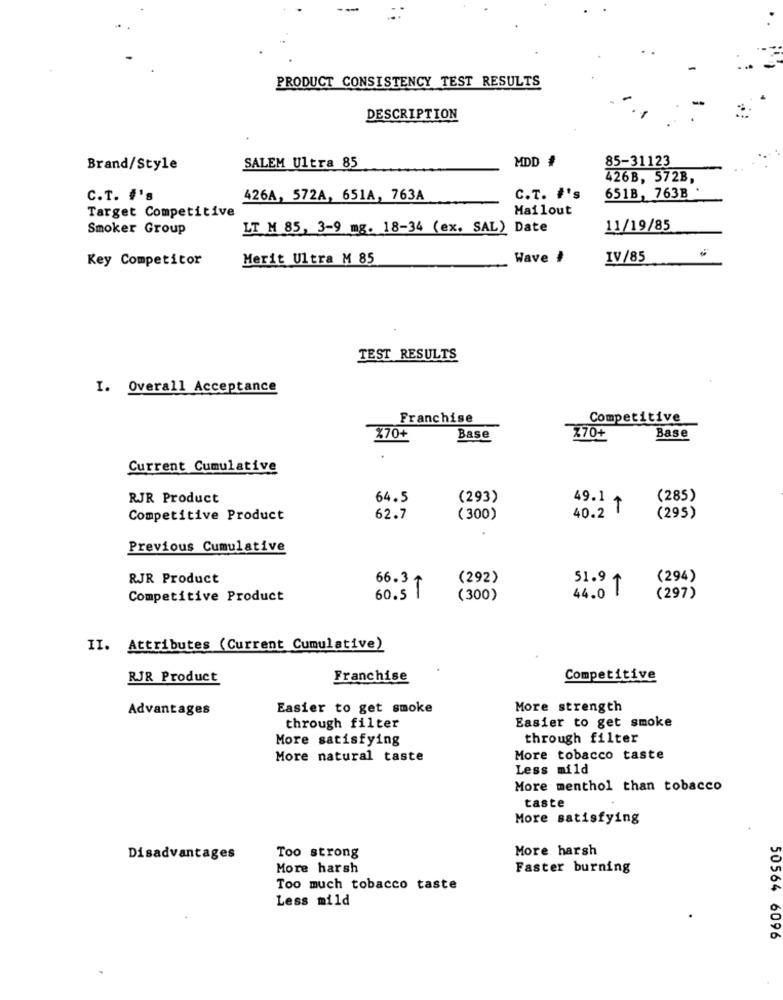
PRODUCT CONSISTENCY TEST RESULTS
DESCRIPTION
MDD #
Brand/Style
SALEM Ultra 85
85-31123
426B, 572B,
C.T. #'s
426A, 572A, 651A, 763A
C.T. #'s
651B, 763B
Target Competitive
Mailout
Smoker Group
LT M 85, 3-9 mg. 18-34 (ex. SAL) Date
11/19/85
Key Competitor
Merit Ultra M 85
Wave .
IV/85
TEST RESULTS
I. Overall Acceptance
Franchise
Competitive
%70
Base
770+
Base
Current Cumulative
RJR Product
64.5
(293)
49.1 +
(285)
40.2 T
Competitive Product
62.7
( 300)
(295)
Previous Cumulative
RJR Product
66.3 g
(292)
(294)
60.5 1
51.9 +
Competitive Product
(300)
44.0
(297)
II. Attributes (Current Cumulative)
RJR Product
Franchise
Competitive
Advantages
Easier to get smoke
More strength
Easier to get smoke
through filter
More satisfying
through filter
More natural taste
More tobacco taste
Less mild
More menthol than tobacco
taste
More satisfying
More harsh
Disadvantages
Too strong
More harsh
Faster burning
Too much tobacco taste
Less mild
50564 6096